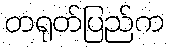
တရုတ်ပြည်က